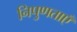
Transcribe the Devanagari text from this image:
निपुणताएँ